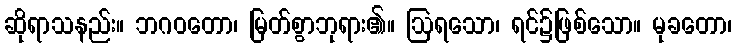
ဆိုရာသနည်း။ ဘဂဝတော၊ မြတ်စွာဘုရား၏။ ဩရသော၊ ရင်၌ဖြစ်သော။ မုခတော၊